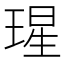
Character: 瑆